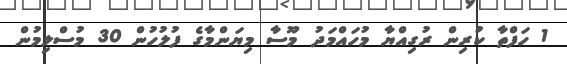
1 ހަފްތާ ކުރިން ރުގިއްޔާ މުހައްމަދު މޫސާ މިޔަންމާގެ ފުލުހުން 30 މުސްލިމުން